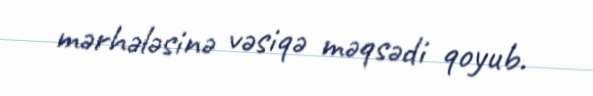
mərhələsinə vəsiqə məqsədi qoyub.